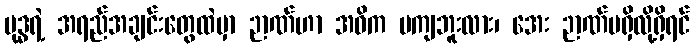
ဗုဒ္ဓရဲ့ အရည်အချင်းတွေထဲမှာ ဉာဏ်ဟာ အဓိက မကျဘူးလား၊ အေး ဉာဏ်မရှိလို့ရှိရင်